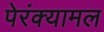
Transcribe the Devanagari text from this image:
पेरंक्यामल